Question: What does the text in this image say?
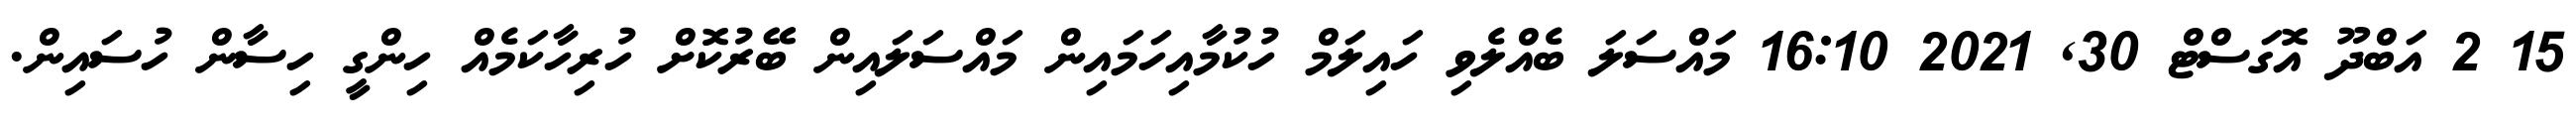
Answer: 15 2 އަބްދޫ އޮގަސްޓް 30, 2021 16:10 މައްސަލަ ބެއްލެވި ހައިލަމް ހުކުމާއިހަމައިން މައްސަލައިން ބޭރުކޮށް ހުރިހާކަމެއް ހިންގީ ހިސާން ހުސައިން.